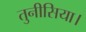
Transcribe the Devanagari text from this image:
तुनीसिया।